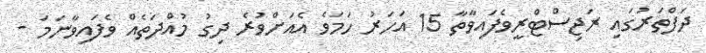
ދަފްތަރުގައި ރަޖިސްޓްރީވެފައިވާތާ 15 އަހަރު ހަމަވެ އެއަށްވުރެ ދިގު މުއްދަތެއް ވެފައިވާނަމަ -